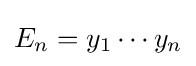
E_{n}=y_{1}\cdots y_{n}